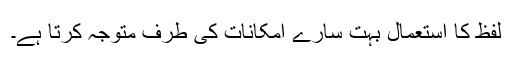
لفظ کا استعمال بہت سارے امکانات کی طرف متوجہ کرتا ہے۔